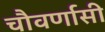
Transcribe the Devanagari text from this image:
चौवर्णासी